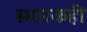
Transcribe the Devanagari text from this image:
स्मारकही